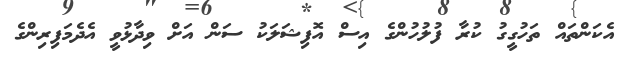
އެކަންތައް ތަހުގީގު ކުރާ ފުލުހުންގެ އިސް އޮފިޝަލަކު ސަން އަށް ވިދާޅުވީ އެދެމަފިރިންގެ